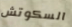
السكوتش